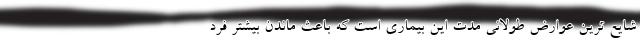
شایع ترین عوارض طولانی مدت این بیماری است که باعث ماندن بیشتر فرد